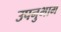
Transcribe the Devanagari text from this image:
उपनुभाग